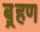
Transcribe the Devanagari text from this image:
ब़्रहण